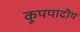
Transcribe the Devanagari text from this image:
कूपपादीय